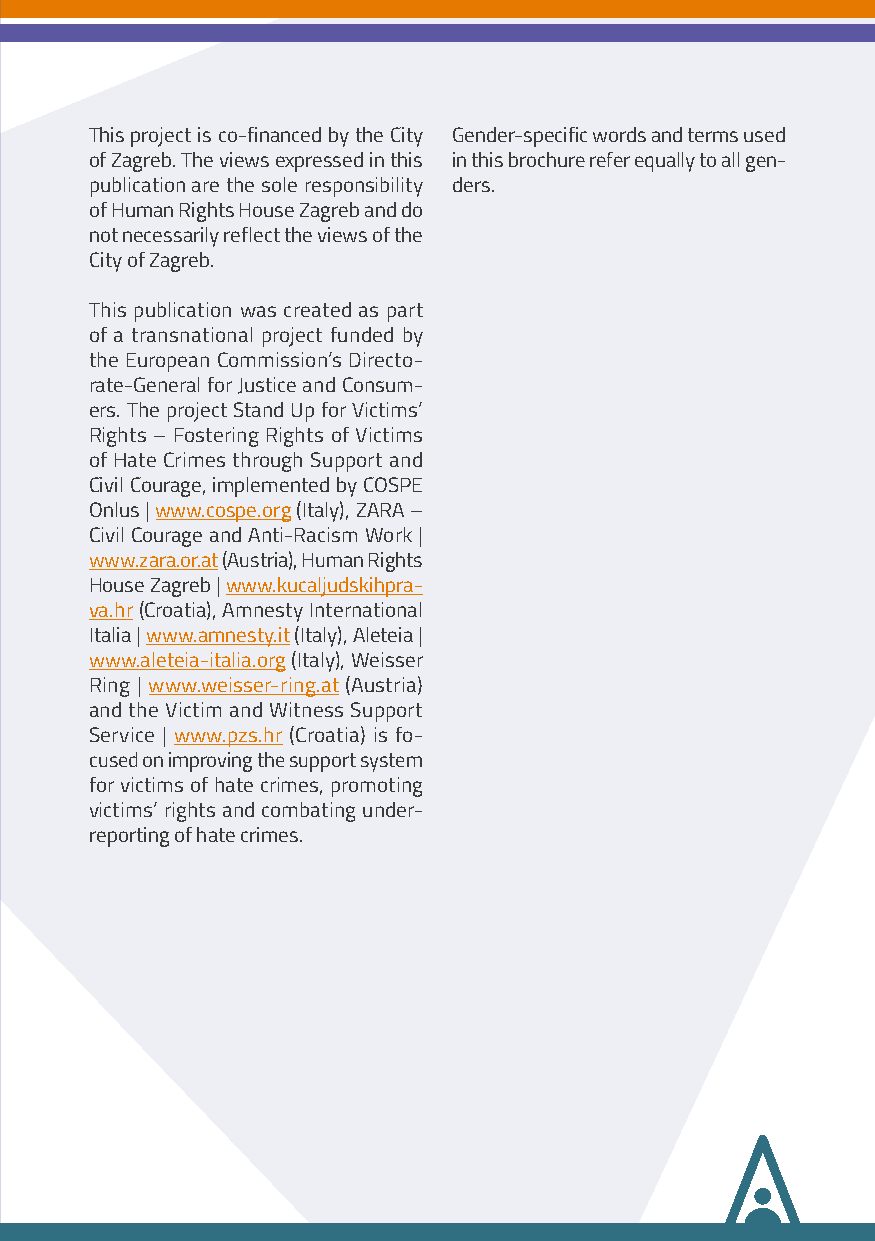
This project is co-financed by the City Gender-specific words and terms used
 of Zagreb. The views expressed in this in this brochure refer equally to all gen-
 publication are the sole responsibility ders.
 of Human Rights House Zagreb and do
 not necessarily reflect the views of the
 City of Zagreb.
 This publication was created as part
 of a transnational project funded by
 the European Commission’s Directo-
 rate-General for Justice and Consum-
 ers. The project Stand Up for Victims’
 Rights – Fostering Rights of Victims
 of Hate Crimes through Support and
 Civil Courage, implemented by COSPE
 Onlus | www.cospe.org (Italy), ZARA –
 Civil Courage and Anti-Racism Work |
 www.zara.or.at (Austria), Human Rights
 House Zagreb | www.kucaljudskihpra-
 va.hr (Croatia), Amnesty International
 Italia | www.amnesty.it (Italy), Aleteia |
 www.aleteia-italia.org (Italy), Weisser
 Ring | www.weisser-ring.at (Austria)
 and the Victim and Witness Support
 Service | www.pzs.hr (Croatia) is fo-
 cused on improving the support system
 for victims of hate crimes, promoting
 victims’ rights and combating under-
 reporting of hate crimes.